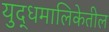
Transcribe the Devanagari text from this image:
युद्धमालिकेतील